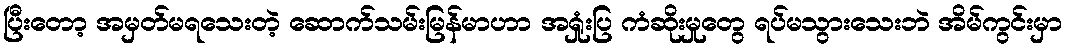
ပြီးတော့ အမှတ်မရသေးတဲ့ ဆောက်သမ်းမြန်မာဟာ အရှုံးပြ ကံဆိုးမှုတွေ ရပ်မသွားသေးဘဲ အိမ်ကွင်းမှာ